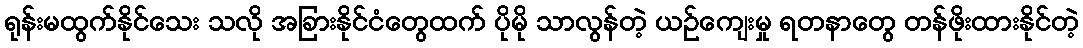
ရုန်းမထွက်နိုင်သေး သလို အခြားနိုင်ငံတွေထက် ပိုမို သာလွန်တဲ့ ယဉ်ကျေးမှု ရတနာတွေ တန်ဖိုးထားနိုင်တဲ့